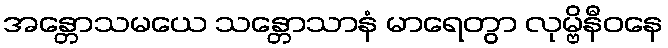
အန္တောသမယေ သန္တောသာနံ မာရေတွာ လုမ္ဗိနီဝနေ